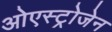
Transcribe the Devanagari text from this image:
ओएस्ट्रोजेन